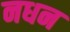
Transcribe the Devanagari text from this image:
नधन